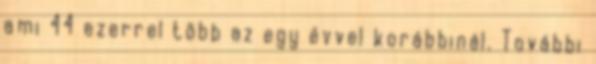
ami 44 ezerrel több az egy évvel korábbinál. További